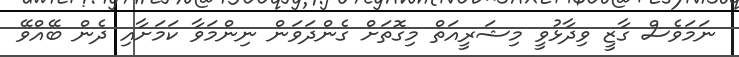
ނަމަވެސް ގާޒީ ވިދާޅުވީ މިޝަރީއަތް މިގޮތަށް ގެންދަވަން ނިންމަވާ ކަމަށާއި ދެން ބޭއްވޭ